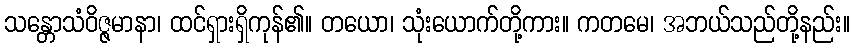
သန္တောသံဝိဇ္ဇမာနာ၊ ထင်ရှားရှိကုန်၏။ တယော၊ သုံးယောက်တို့ကား။ ကတမေ၊ အဘယ်သည်တို့နည်း။